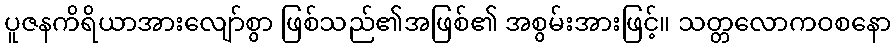
ပူဇနကိရိယာအားလျော်စွာ ဖြစ်သည်၏အဖြစ်၏ အစွမ်းအားဖြင့်။ သတ္တလောကဝစနော